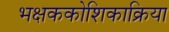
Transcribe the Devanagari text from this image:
भक्षककोशिकाक्रिया